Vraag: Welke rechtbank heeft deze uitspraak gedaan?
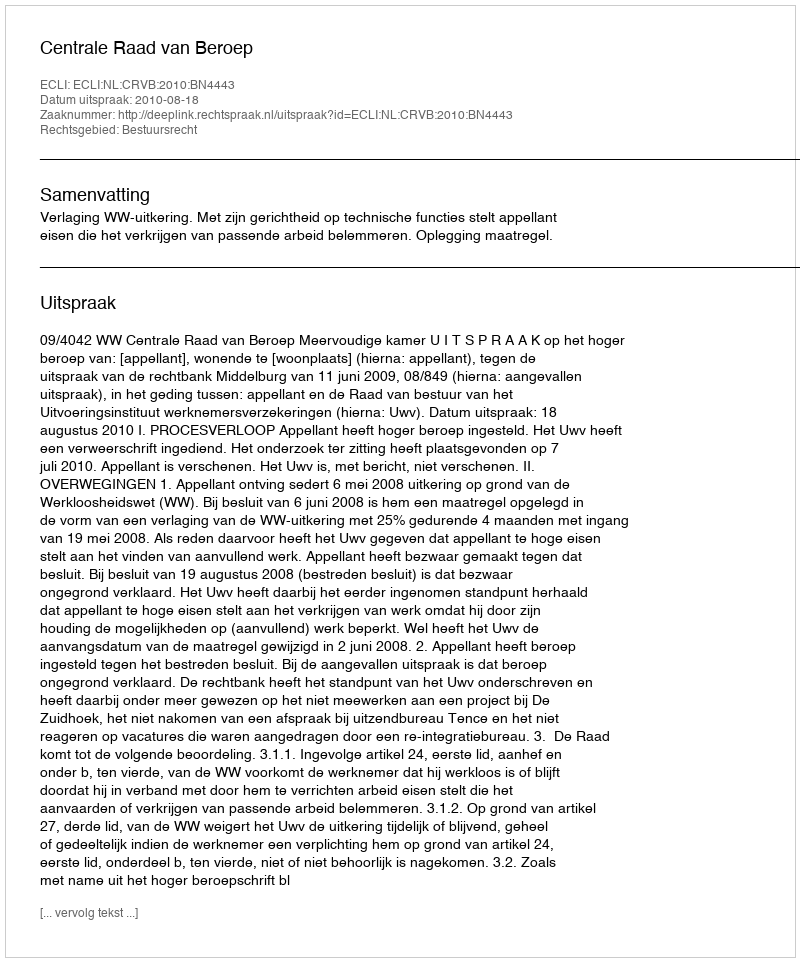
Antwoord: Centrale Raad van Beroep